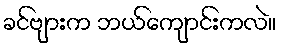
ခင်ဗျားက ဘယ်ကျောင်းကလဲ။